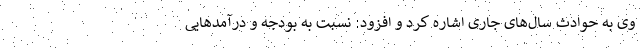
وی به حوادث سال‌های جاری اشاره کرد و افزود: نسبت به بودجه و درآمدهایی